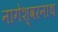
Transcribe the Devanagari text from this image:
नागेश्वरनाथ